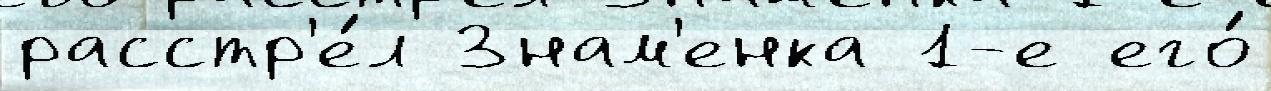
расстр'е́л Знам'енка 1-е его́